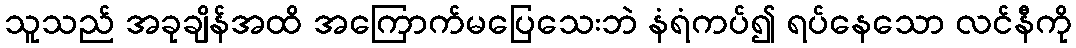
သူသည် အခုချိန်အထိ အကြောက်မပြေသေးဘဲ နံရံကပ်၍ ရပ်နေသော လင်နီကို